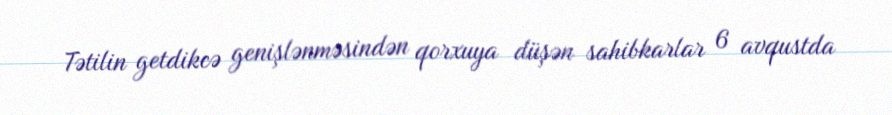
Tətilin getdikcə genişlənməsindən qorxuya düşən sahibkarlar 6 avqustda